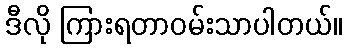
ဒီလို ကြားရတာဝမ်းသာပါတယ်။